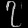
Digit: ၇